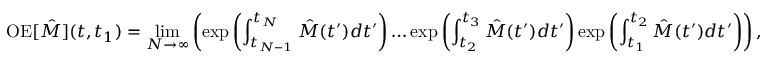
\mathrm { O E } [ \hat { M } ] ( t , t _ { 1 } ) = \operatorname* { l i m } _ { N \rightarrow \infty } \left( \exp { \left( \int _ { t _ { N - 1 } } ^ { t _ { N } } \hat { M } ( t ^ { \prime } ) d t ^ { \prime } \right) } \ldots \exp { \left( \int _ { t _ { 2 } } ^ { t _ { 3 } } \hat { M } ( t ^ { \prime } ) d t ^ { \prime } \right) } \exp { \left( \int _ { t _ { 1 } } ^ { t _ { 2 } } \hat { M } ( t ^ { \prime } ) d t ^ { \prime } \right) } \right) ,